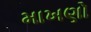
માખણો